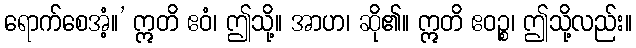
ရောက်စေအံ့။’ ဣတိ ဧဝံ၊ ဤသို့။ အာဟ၊ ဆို၏။ ဣတိ ဧဝဉ္စ၊ ဤသို့လည်း။